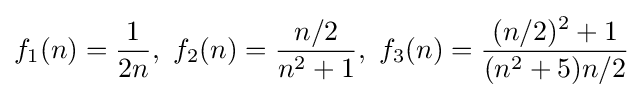
f_{1}(n)={\frac {1}{2n}},\ f_{2}(n)={\frac {n/2}{n^{2}+1}},\ f_{3}(n)={\frac {(n/2)^{2}+1}{(n^{2}+5)n/2}}